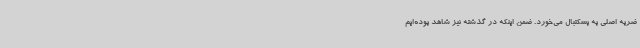
ضربه‌ اصلی به بسکتبال می‌خورد. ضمن اینکه در گذشته نیز شاهد بوده‌ایم